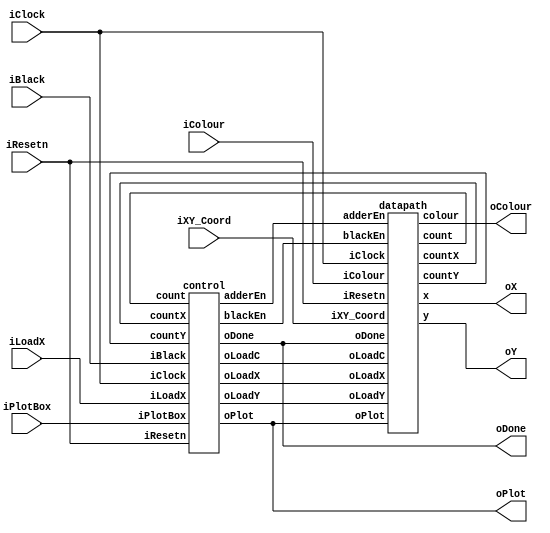
module part2(iResetn,iPlotBox,iBlack,iColour,iLoadX,iXY_Coord,iClock,oX,oY,oColour,oPlot,oDone);
   parameter X_SCREEN_PIXELS = 8'd160;
   parameter Y_SCREEN_PIXELS = 7'd120;

   input wire iResetn, iPlotBox, iBlack, iLoadX;
   input wire [2:0] iColour;
   input wire [6:0] iXY_Coord;
   input wire iClock;
   output wire [7:0] oX;         // VGA pixel coordinates
   output wire [6:0] oY;

   output wire [2:0] oColour;     // VGA pixel colour (0-7)
   output wire oPlot;       // Pixel draw enable
   output wire oDone;       // goes high when finished drawing frame
   wire oLoadX, oLoadY, oLoadC, adderEn, blackEn;
   wire [5:0] count;
   wire [7:0] countX;
   wire [6:0] countY;
	
   control c0 (iClock, iBlack, iResetn, iLoadX, iPlotBox, count, countX, countY, oLoadX, oLoadY, oLoadC, oPlot, adderEn, oDone, blackEn);
   datapath d0 (iClock, iResetn, oLoadX, oLoadY, oLoadC, oPlot, adderEn, oDone, blackEn, count, iXY_Coord, iColour, oX, countX, oColour, oY, countY);
endmodule

module control (
	input iClock, iBlack, iResetn, iLoadX, iPlotBox,
	input [5:0] count,
	input [7:0] countX,
	input [6:0] countY,
	output reg oLoadX, oLoadY, oLoadC, oPlot, adderEn, oDone, blackEn);

	reg [2:0] PS, NS;

	localparam  X_load	= 3'd0, // load x
		    X_wait	= 3'd1, // wait for next clk cycle
		    Y_load	= 3'd2, // load y
		    Y_wait	= 3'd3,
		    Plot	= 3'd4, // Plot the box
		    Out		= 3'd5,
		    Black	= 3'd6;

	always@ (*)
	begin: state_table
		case (PS)
			X_load: NS = iLoadX ? X_wait : X_load;
			X_wait: NS = iLoadX ? X_wait : Y_load;
			Y_load: NS = iPlotBox ? Y_wait : Y_load;
			Y_wait: NS = iPlotBox ? Y_wait : Plot;
			Plot: NS = (count <= 6'd15) ? Plot : Out;
			Out: NS = X_load;
			Black: begin
				if (countX != 8'd160 & countY != 7'd120) NS = Black;
				else NS = Plot;
			end
		endcase
	end

	always@ (*)
	begin: enable_signals
		oLoadX = 1'b0;
		oLoadY = 1'b0;
		oLoadC = 1'b0;
		oPlot = 1'b0;
		adderEn = 1'b0;
		blackEn = 1'b0;
		oDone = 1'b0;

		case (PS)
			X_load: begin
				oLoadX = 1'b1;
			end
			Y_load: begin
				oLoadY = 1'b1;
				oLoadC = 1'b1;
			end
			Plot: begin
				oPlot = 1'b1;
				oLoadC = 1'b1;
				adderEn = 1'b1;
			end
			Out: begin
				oDone = 1'b1;
			end
			Black: begin
				oPlot = 1'b1;
				blackEn = 1'b1;
			end
		endcase
	end

	always@ (posedge iClock)
	begin
		if (!iResetn)
			PS <= X_load;
		else if (!Black) PS <= Black;
		else
			PS <= NS;
	end
endmodule


module datapath (
	input iClock, iResetn, oLoadX, oLoadY, oLoadC, oPlot, adderEn, oDone, blackEn,
	output reg [5:0] count,
	input [6:0] iXY_Coord,
	input [2:0] iColour,
	output reg [7:0] x, countX,
	output reg [2:0] colour,
	output reg [6:0] y, countY);

	reg [7:0] tempX;
	reg [6:0] tempY;
	
	always@ (posedge iClock)
	begin
		if (!iResetn) begin
			x <= 8'b0;
			y <= 7'b0;
			colour <= 3'b0;
			count <= 6'b0;
			countX <= 8'b0;
			countY <= 7'b0;
		end
		else begin
			if (oLoadX) begin
				tempX[7] <= 1'b0;
				tempX[6:0] <= iXY_Coord;
			end
			if (oLoadY) begin
				tempY <= iXY_Coord;
			end
			if (oLoadC) begin
				colour <= iColour;
			end
			if (adderEn) begin
				if (count == 6'b10000) count <= 6'b0;
				else count <= count + 1;
				x <= tempX + count[1:0];
				y <= tempY + count[3:2];
			end
			if (blackEn) begin
				if (countX == 8'd160 & countY != 7'd120) begin
					countX <= 8'b0;
					countY <= countY + 1;
				end
				else countX <= countX + 1;
				x <= countX;
				y <= countY;
				colour <= 3'b0;
			end
		end
	end

endmodule